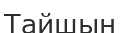
Тайшын